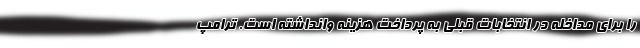
را برای مداخله در انتخابات قبلی به پرداخت هزینه وانداشته است. ترامپ